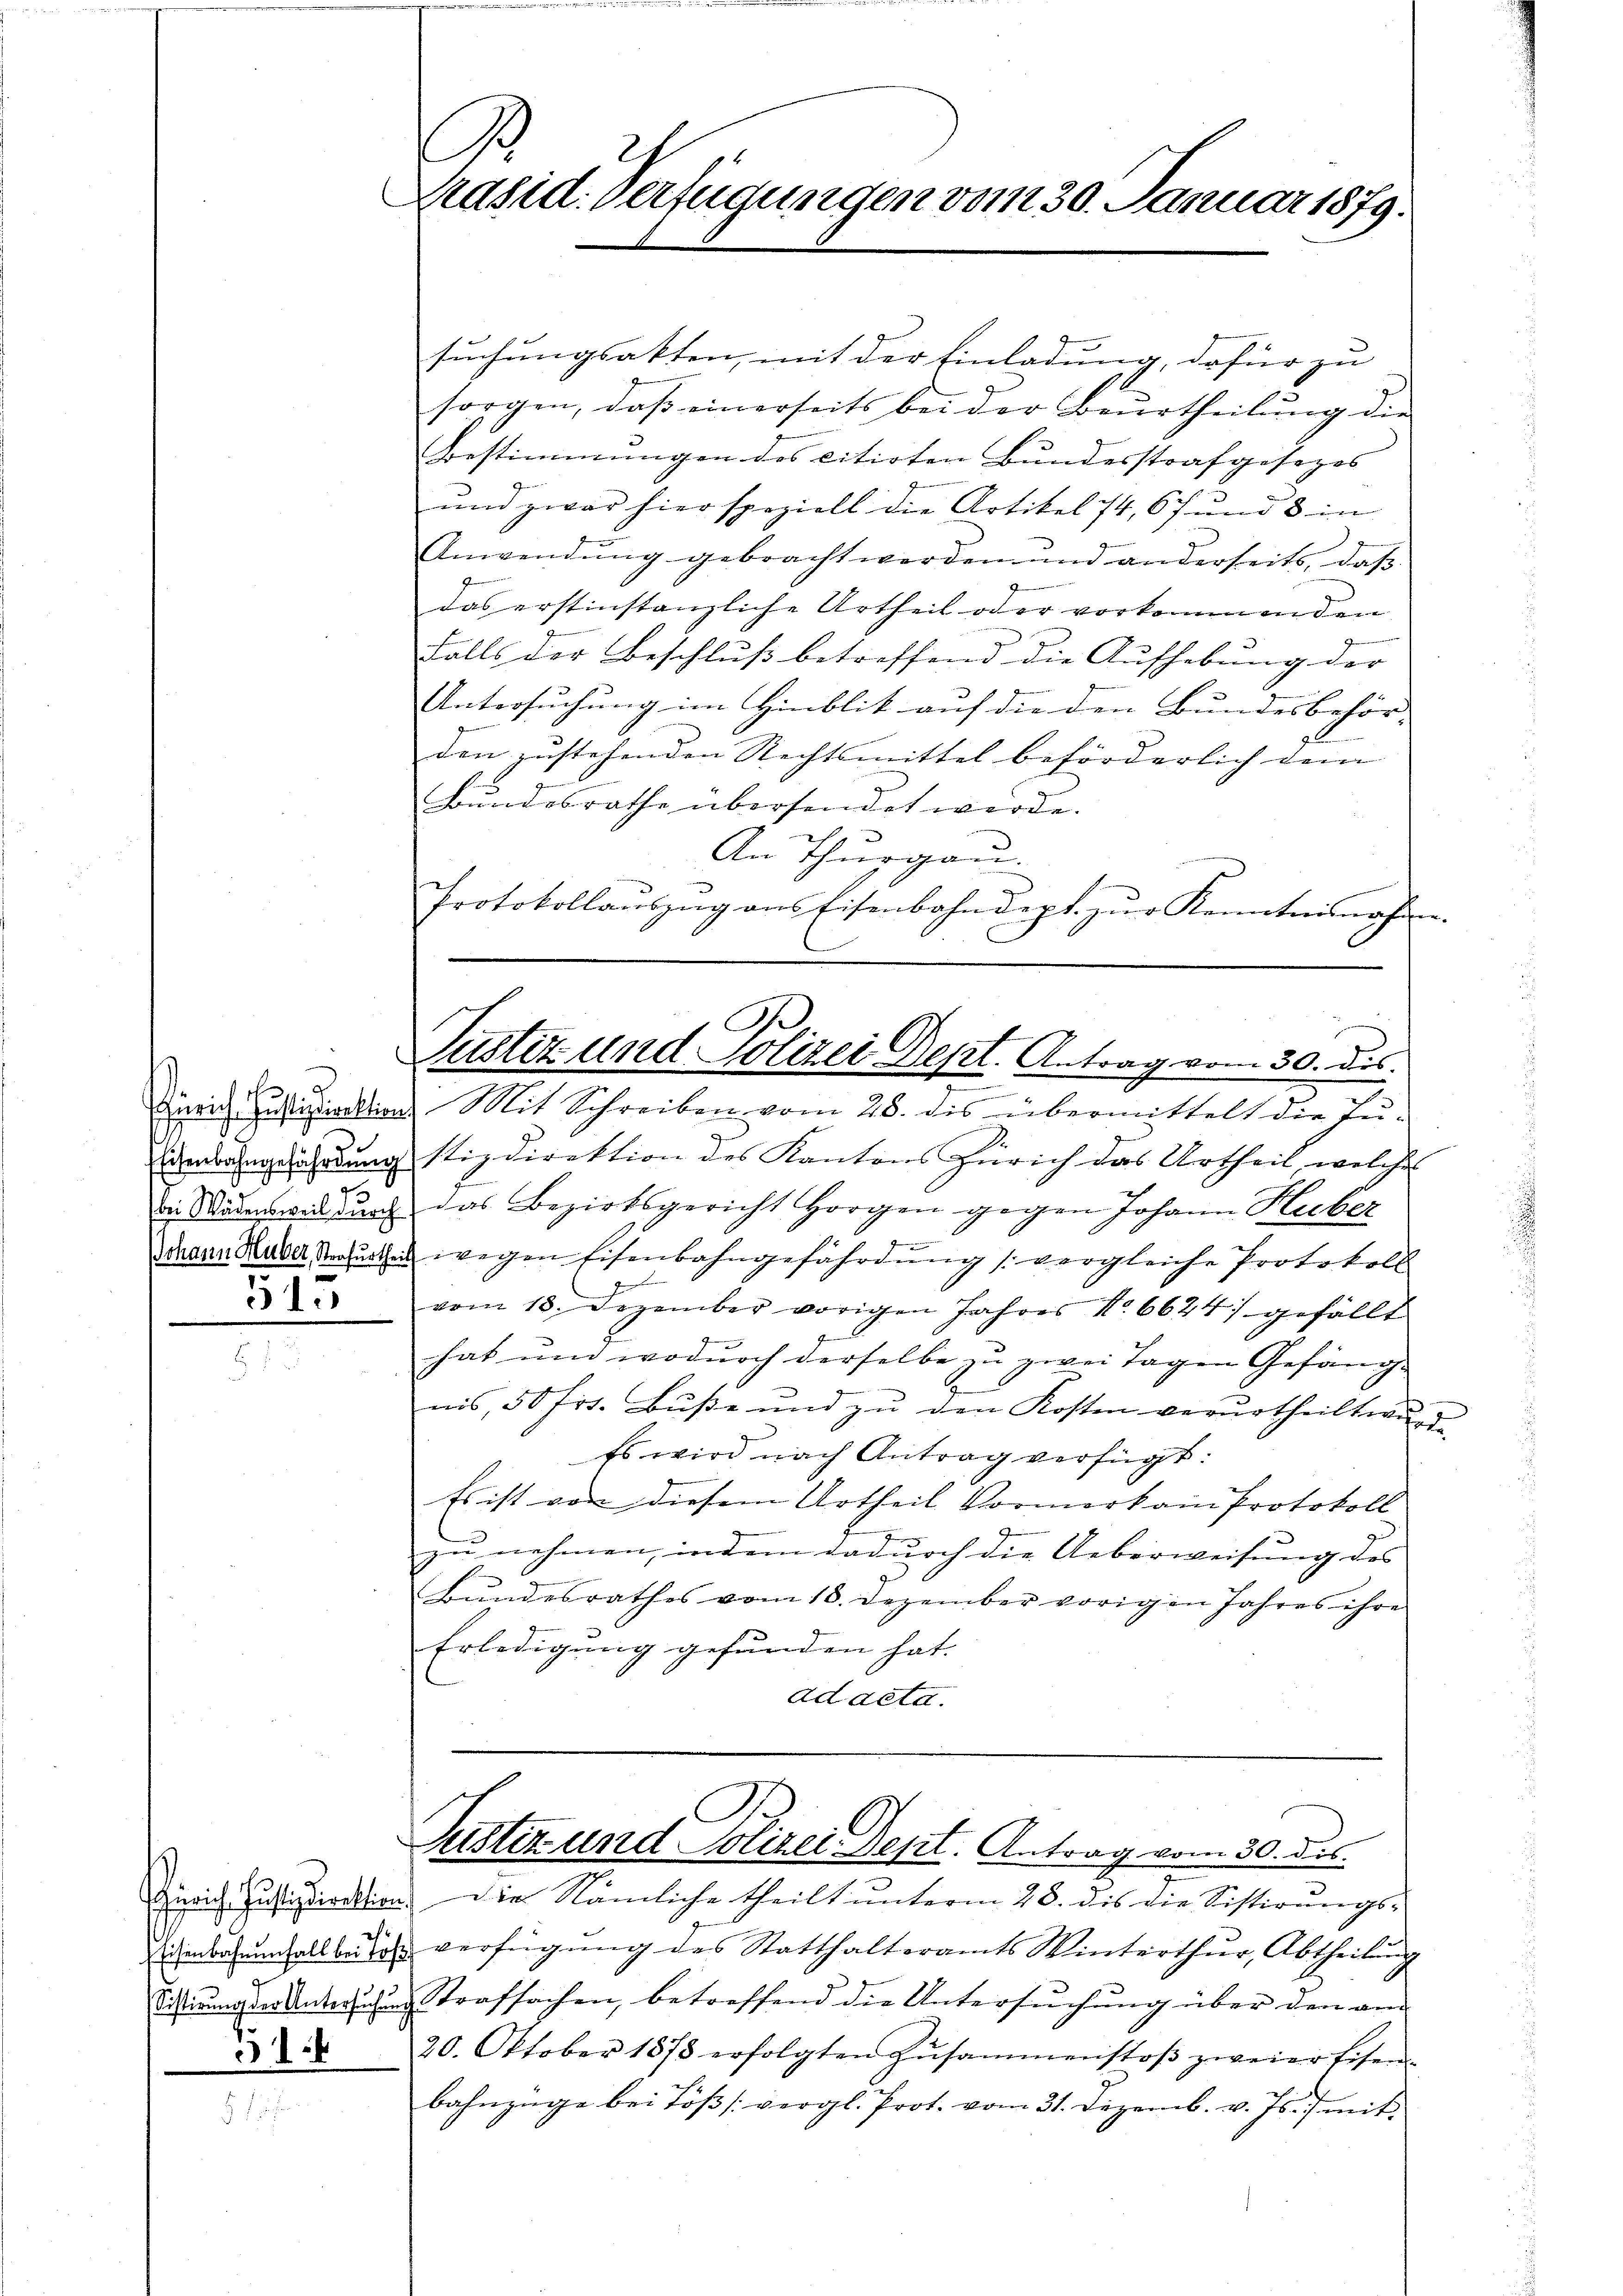
i
l
515

ch
4

C
Präsid. Verfügungen vom 30. Januar 1879.

suchungsakten, mit der Einladung, dafür zu
1
sorgen, dass einerseits bei der Beurtheilung die
Bestimmungen des citirten Bundesstrafgesezes
3
und zwar hier speziell die Artikel 74, 67 und 8 in
Anwendung gebracht werden und anderseits, daβ
das erstinstanzliche Urtheil oder vorkommenden
Falls der Beschluß betreffend die Aufhebung der
Untersuchung im Hinblik auf die den Bundesbehör-
den zustehenden Rechtsmittel beförderlich dem
Bundesrathe übersendet werde.
An Thurgau.
Protokollaŭszŭg ans Eisenbahndept. zŭr Kenntnisnahmen.

I
Pustiz und Polizei Dept. Antrag vom 30. ds.
e

Justiz- und Polizei Dekt. Antrag vom 30. des

Zürich Justizdirektions Mit Schreiben vom 28. des übermittelt die Ju-
denbahngeahndung stizdirektion des Kantons Zürich das Urtheil welches
i Wäden wir durch das Bezirksgericht Horgen gegen Johann Hecker
Waaren Kaserstrafurten wegen Eisenbahngefährdung vergleiche Protokoll
vom 13. Dezember vorigen Jahres No. 6624) gefällt
hat und wodurch derselbe zu zwei Tagen Gefängnis, 50 fr. Buße und zu den Kosten verurtheilt wurd
Es wird nach Antrag verfügt:
Es ist von diesem Urtheil Vormerk am Protokoll
zu nehmen, indem dadurch die Ueberweisung des
Bundesrathes vom 18. Dezember vorigen Jahres ihre
Erledigung gefunden hat.
ad acta.

Zürich. Justizdirektion. Die Nämliche theilt ŭnterm 28. dis die Sistirŭngs-
ichenbauenfall beide verfügung des Statthalteramts Winterthur, Abtheilung
ne Strafsachen, betreffend die Untersuchung über den an
20. Oktober 1878 erfolgten Zusammenstoβ zweier Eisen
bahnzüge bei Töβs: vergl. Prot. vom 31. Dezemb. v. Js. mit